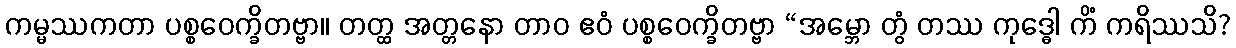
ကမ္မဿကတာ ပစ္စဝေက္ခိတဗ္ဗာ။ တတ္ထ အတ္တနော တာဝ ဧဝံ ပစ္စဝေက္ခိတဗ္ဗာ “အမ္ဘော တွံ တဿ ကုဒ္ဓေါ ကိံ ကရိဿသိ?